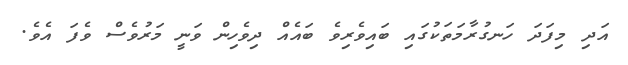
އަދި މިފަދަ ހަނގުރާމަތަކުގައި ބައިވެރިވެ ބައެއް ދިވެހިން ވަނީ މަރުވެސް ވެފަ އެވެ.